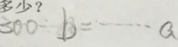
3 0 0 \div b = \cdots a